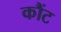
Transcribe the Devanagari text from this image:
कौंट